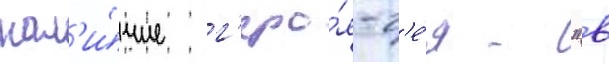
нал'и́чие г'еро́я-г'е́я - "в